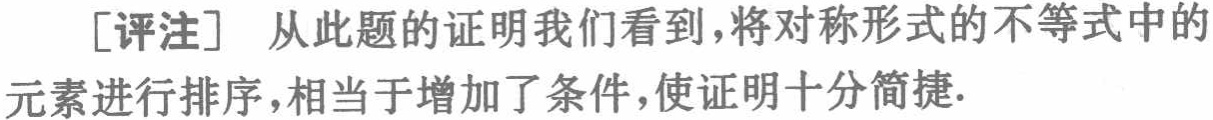
[评注] 从此题的证明我们看到，将对称形式的不等式中的元素进行排序，相当于增加了条件，使证明十分简捷.